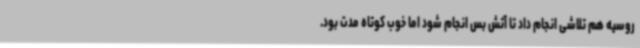
روسیه هم تلاشی انجام داد تا آتش بس انجام شود اما خوب کوتاه مدت بود.